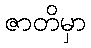
ဇာတိမှာ